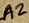
Text: A2